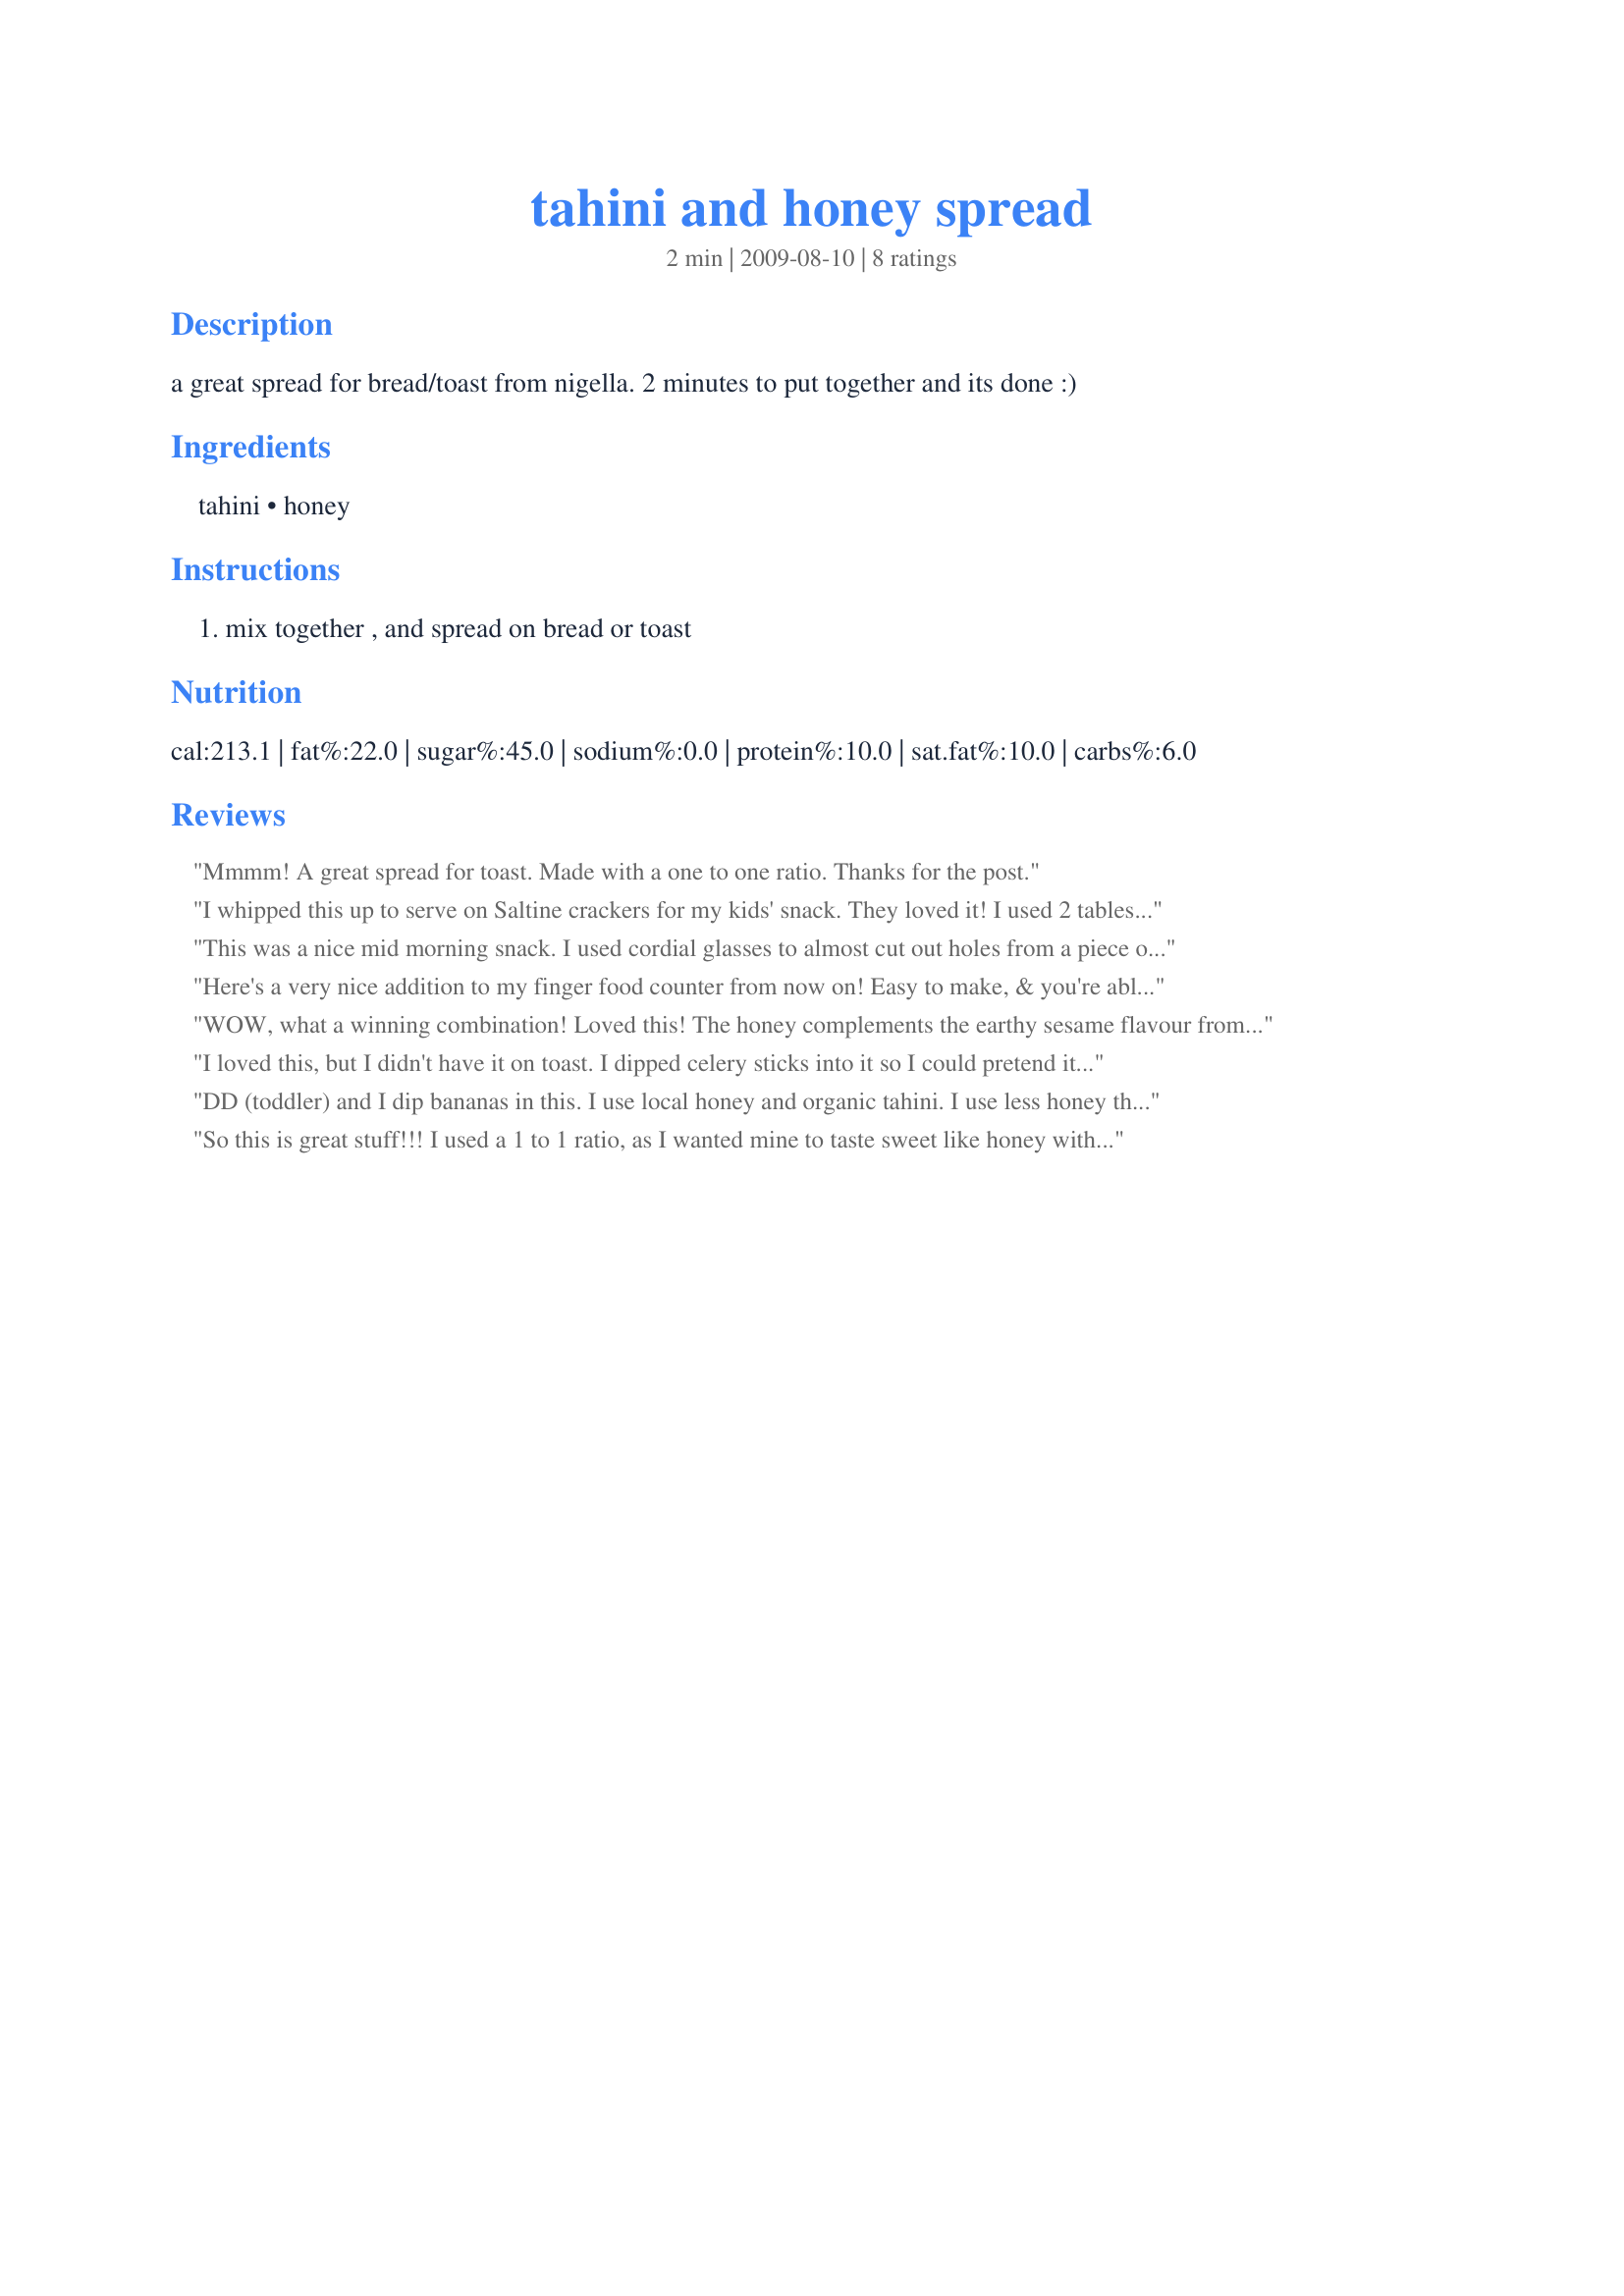
tahini and honey spread
Preparation time: 2 minutes

a great spread for bread/toast from nigella. 2 minutes to put together and its done :)

Ingredients:
tahini, honey

Steps:
mix together , and spread on bread or toast

Reviews:
Mmmm! A great spread for toast. Made with a one to one ratio. 
Thanks for the post.
I whipped this up to serve on Saltine crackers for my kids' snack. They loved it! I used 2 tablespoons of tahini and 2 tsp. honey. Thank you for sharing this easy recipe.
This was a nice mid morning snack. I used cordial glasses to almost cut out holes from a piece of bread. Then I toasted it and punched out the circles, it worked rather well.
Made for *Zaar Tag 2009* game
Here's a very nice addition to my finger food counter from now on! Easy to make, & you're able to change the taste by using a lighter, milder honey or a darker, more intenst one! A great keeper of a recipe! [Tagged, made & reviewed in Gimme 5 tag]
WOW, what a winning combination! Loved this! The honey complements the earthy sesame flavour from the tahini perfectly. Im sure this would also be great with other things mixed in (like e.g. coconut or carob powder or choc chips or fruit). I made the recipe using the lesser amount of tahini and only 1 ts of honey. That was sweet enough for my taste.<br/>THANK YOU SO MUCH for sharing this keeper with us, MarraMamba. Ill surely make it again!<br/>Made and reviewed for the Honey Tag Game in the Spain/Portugal Forum February 2012.
I loved this, but I didn't have it on toast. I dipped celery sticks into it so I could pretend it was healthier. ;-) I used equal parts honey and tahini, but I'd cut back on the honey next time, as it was really sweet. I love how the honey thickened up the tahini so that this wasn't runny like I was afraid it might be. I used a raw organic sunflower honey for this, and it'll be fun to see how different honeys change the flavor. Thanks for sharing.
DD (toddler) and I dip bananas in this. I use local honey and organic tahini. I use less honey than tahini but I think tahinis differ in bitterness. I'm sure it's good on bread, kind of like peanut butter.
So this is great stuff!!! I used a 1 to 1 ratio, as I wanted mine to taste sweet like honey with just a hint of tahini. Served atop some wheat toast for breakfast. THANKS!!! Made for Photo Tag Summer 2009.
